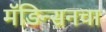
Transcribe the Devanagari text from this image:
मॅडिन्सनचा